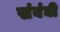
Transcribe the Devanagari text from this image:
संबंघी